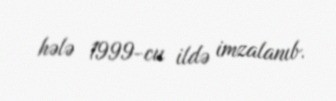
hələ 1999-cu ildə imzalanıb.